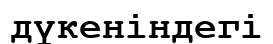
дүкеніндегі